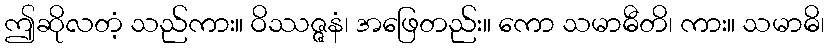
ဤဆိုလတံ့ သည်ကား။ ဝိဿဇ္ဇနံ၊ အဖြေတည်း။ ကော သမာဓီတိ၊ ကား။ သမာဓိ၊